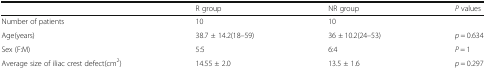
|  | R group | NR group | P values |
 | --- | --- | --- | --- |
 | Number of patients | 10 | 10 |  |
 | Age(years) | 38.7 ± 14.2(18–59) | 36 ± 10.2(24–53) | p = 0.634 |
 | Sex (F:M) | 5:5 | 6:4 | P = 1 |
 | Average size of iliac crest defect(cm2) | 14.55 ± 2.0 | 13.5 ± 1.6 | p = 0.297 |